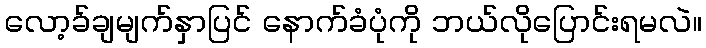
လော့ခ်ချမျက်နှာပြင် နောက်ခံပုံကို ဘယ်လိုပြောင်းရမလဲ။